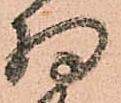
得